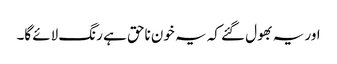
اور یہ بھول گئے کہ یہ خون ناحق ہے رنگ لائے گا۔